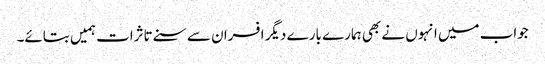
جواب میں انہوں نے بھی ہمارے بارے دیگر افسران سے سنے تاثرات ہمیں بتائے۔